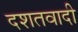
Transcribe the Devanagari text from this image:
दशतवादी